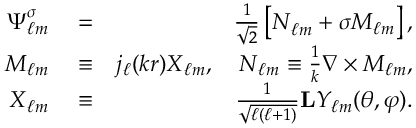
\begin{array} { r l r } { \boldsymbol { \Psi } _ { \ell m } ^ { \sigma } } & { { } = } & { \frac { 1 } { \sqrt { 2 } } \left[ { \boldsymbol { N } } _ { \ell m } + \sigma { \boldsymbol { M } } _ { \ell m } \right] , } \\ { { \boldsymbol { M } } _ { \ell m } } & { { } \equiv } & { j _ { \ell } ( k r ) \boldsymbol { X } _ { \ell m } , \quad { \boldsymbol { N } } _ { \ell m } \equiv \frac { 1 } { k } \boldsymbol { \nabla } \times { \boldsymbol { M } } _ { \ell m } , } \\ { \boldsymbol { X } _ { \ell m } } & { { } \equiv } & { \frac { 1 } { \sqrt { \ell ( \ell + 1 ) } } { \bf { L } } Y _ { \ell m } ( \theta , \varphi ) . } \end{array}